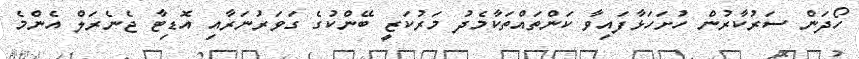
ހޯދަން ސަރުކާރުން ހުށަހަޅާފައިވާ ކަންތައްތަކާމެދު މަރުކަޒީ ބޭންކުގެ ގަވަރުނަރާއި އޮޑިޓާ ޖެނެރަލް އެންމެ